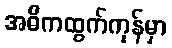
အဓိကထွက်ကုန်မှာ